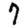
Digit: 7